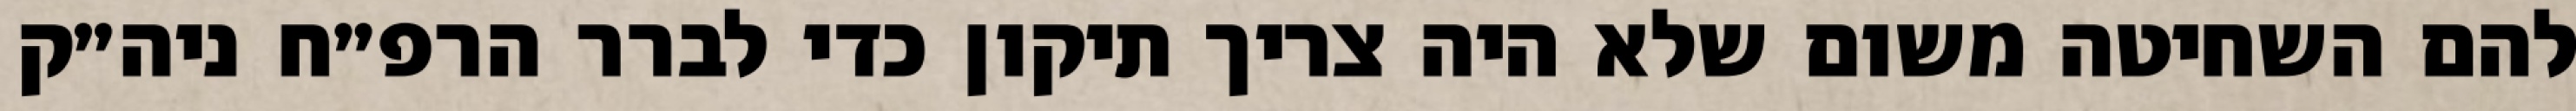
להם השחיטה משום שלא היה צריך תיקון כדי לברר הרפ״ח ניה״ק